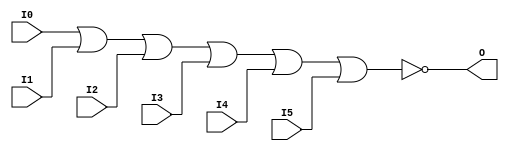

/*

FUNCTION	: 6-INPUT NOR GATE

*/

`timescale  100 ps / 10 ps

`celldefine

module NOR6 (O, I0, I1, I2, I3, I4, I5);


    output O;

    input  I0, I1, I2, I3, I4, I5;

    nor O1 (O, I0, I1, I2, I3, I4, I5);

    specify
	(I0 *> O) = (0, 0);
	(I1 *> O) = (0, 0);
	(I2 *> O) = (0, 0);
	(I3 *> O) = (0, 0);
	(I4 *> O) = (0, 0);
	(I5 *> O) = (0, 0);
    endspecify

endmodule

`endcelldefine